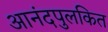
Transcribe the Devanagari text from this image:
आनंदपुलकित